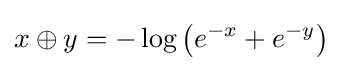
x\oplus y=-\log \left(e^{-x}+e^{-y}\right)